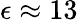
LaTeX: \epsilon\approx 13